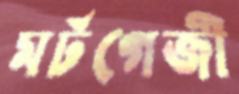
মর্টগেজী